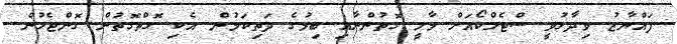
ފައްޔާޒު ވިދާޅުވީ ސްޓެލްކޯއަށް މާލީ ގޮތުންނާއި ބިމުގެ ދަތިކަމުން އެކި ގޮތްގޮތުން ގޮންޖެހުން